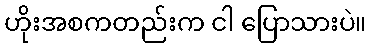
ဟိုးအစကတည်းက ငါ ပြောသားပဲ။